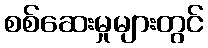
စစ်ဆေးမှုများတွင်